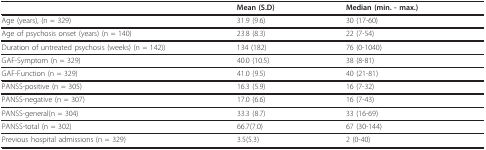
|  | Mean (S.D) | Median (min. - max.) |
 | --- | --- | --- |
 | Age (years), (n = 329) | 31.9 (9.6) | 30 (17-60) |
 | Age of psychosis onset (years) (n = 140) | 23.8 (8.3) | 22 (7-54) |
 | Duration of untreated psychosis (weeks) (n = 142)) | 134 (182) | 76 (0-1040) |
 | GAF-Symptom (n = 329) | 40.0 (10.5) | 38 (8-81) |
 | GAF-Function (n = 329) | 41.0 (9.5) | 40 (21-81) |
 | PANSS-positive (n = 305) | 16.3 (5.9) | 16 (7-32) |
 | PANSS-negative (n = 307) | 17.0 (6.6) | 16 (7-43) |
 | PANSS-general(n = 304) | 33.3 (8.7) | 33 (16-69) |
 | PANSS-total (n = 302) | 66.7(7.0) | 67 (30-144) |
 | Previous hospital admissions (n = 329) | 3.5(5.3) | 2 (0-40) |